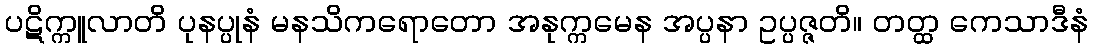
ပဋိက္ကူလာတိ ပုနပ္ပုနံ မနသိကရောတော အနုက္ကမေန အပ္ပနာ ဥပ္ပဇ္ဇတိ။ တတ္ထ ကေသာဒီနံ